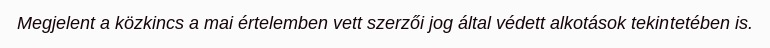
Megjelent a közkincs a mai értelemben vett szerzői jog által védett alkotások tekintetében is.